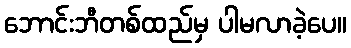
ဘောင်းဘီတစ်ထည်မှ ပါမလာခဲ့ပေ။